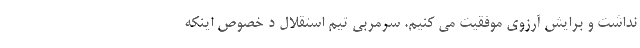
نداشت و برایش آرزوی موفقیت می کنیم. سرمربی تیم استقلال د خصوص اینکه